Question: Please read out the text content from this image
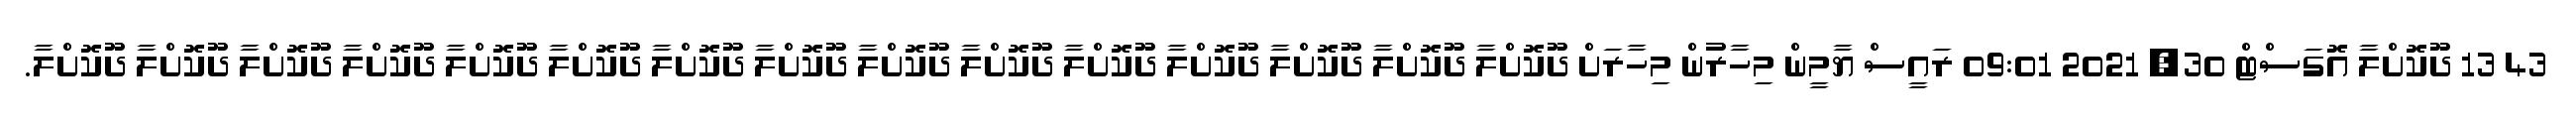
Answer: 43 13 ދޫކޮށްލާ އޮގަސްޓް 30, 2021 09:01 ރައީސް ޔާމީން މިހާރުން މިހާރަށް ދޫކޮށްލާ ދޫކޮށްލާ ދޫކޮށްލާ ދޫކޮށްލާ ދޫކޮށްލާ ދޫކޮށްލާ ދޫކޮށްލާ ދޫކޮށްލާ ދޫކޮށްލާ ދޫކޮށްލާ ދޫކޮށްލާ ދޫކޮށްލާ ދޫކޮށްލާ ދޫކޮށްލާ ދޫކޮށްލާ.